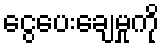
ငွေပေးချေမှုကို